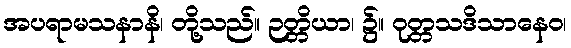
အပရာမသနာနိ၊ တို့သည်။ ဉတ္တိယာ၊ ၌။ ဝုတ္တသဒိသာနေဝ၊